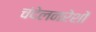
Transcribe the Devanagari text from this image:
चंदेलनरेशों